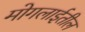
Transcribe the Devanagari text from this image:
मोगलाईतील